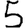
Digit: 5